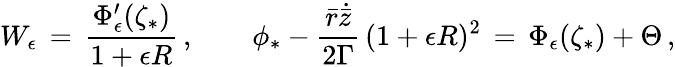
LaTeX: W_{\epsilon}\, =\, \frac{\Phi_{\epsilon}^{\prime}(\zeta_{*})}{1+\epsilon R}\, ,\qquad\phi_{*}-\frac{\bar{r}\dot{\bar{z}}}{2\Gamma}\, (1+\epsilon R)^{2}\, =\, \Phi_{\epsilon}(\zeta_{*})+\Theta\, ,